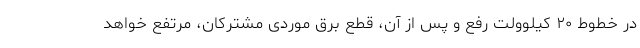
در خطوط ۲۰ کیلوولت رفع و پس از آن، قطع برق موردی مشترکان، مرتفع خواهد